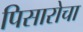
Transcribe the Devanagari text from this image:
पिसारोचा